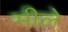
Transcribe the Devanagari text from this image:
मीले